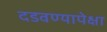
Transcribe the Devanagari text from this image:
दडवण्यापेक्षा